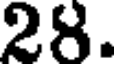
28.